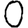
Digit: 0